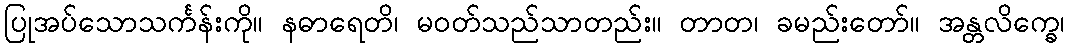
ပြုအပ်သောသင်္ကန်းကို။ နဓာရေတိ၊ မဝတ်သည်သာတည်း။ တာတ၊ ခမည်းတော်။ အန္တလိက္ခေ၊